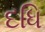
દધિ